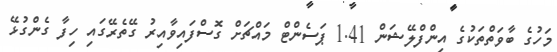
މަހުގެ ބާވަތްތަކުގެ އިންފްލޭޝަން 1.41 ޕަސެންޓް މައްޗަށް ގޮސްފައިވާއިރު ގޭތެރޭގައި ހިފާ ގެންގުޅޭ